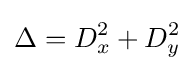
\Delta =D_{x}^{2}+D_{y}^{2}